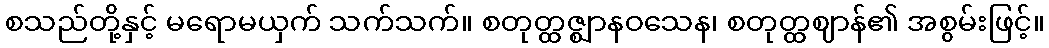
စသည်တို့နှင့် မရောမယှက် သက်သက်။ စတုတ္ထဇ္ဈာနဝသေန၊ စတုတ္ထဈာန်၏ အစွမ်းဖြင့်။